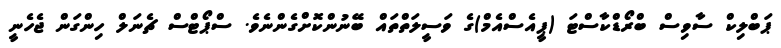
ޕަބްލިކް ސާވިސް ބްރޯޑްކާސްޓަ (ޕީއެސްއެމް)ގެ ވަސީލަތްތައް ބޭނުންކޮށްގެންނެވެ. ސްޕޯޓްސް ޗެނަލް ހިންގަން ޖެހެނީ